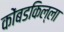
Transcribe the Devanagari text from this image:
कोंबडकिल्ला